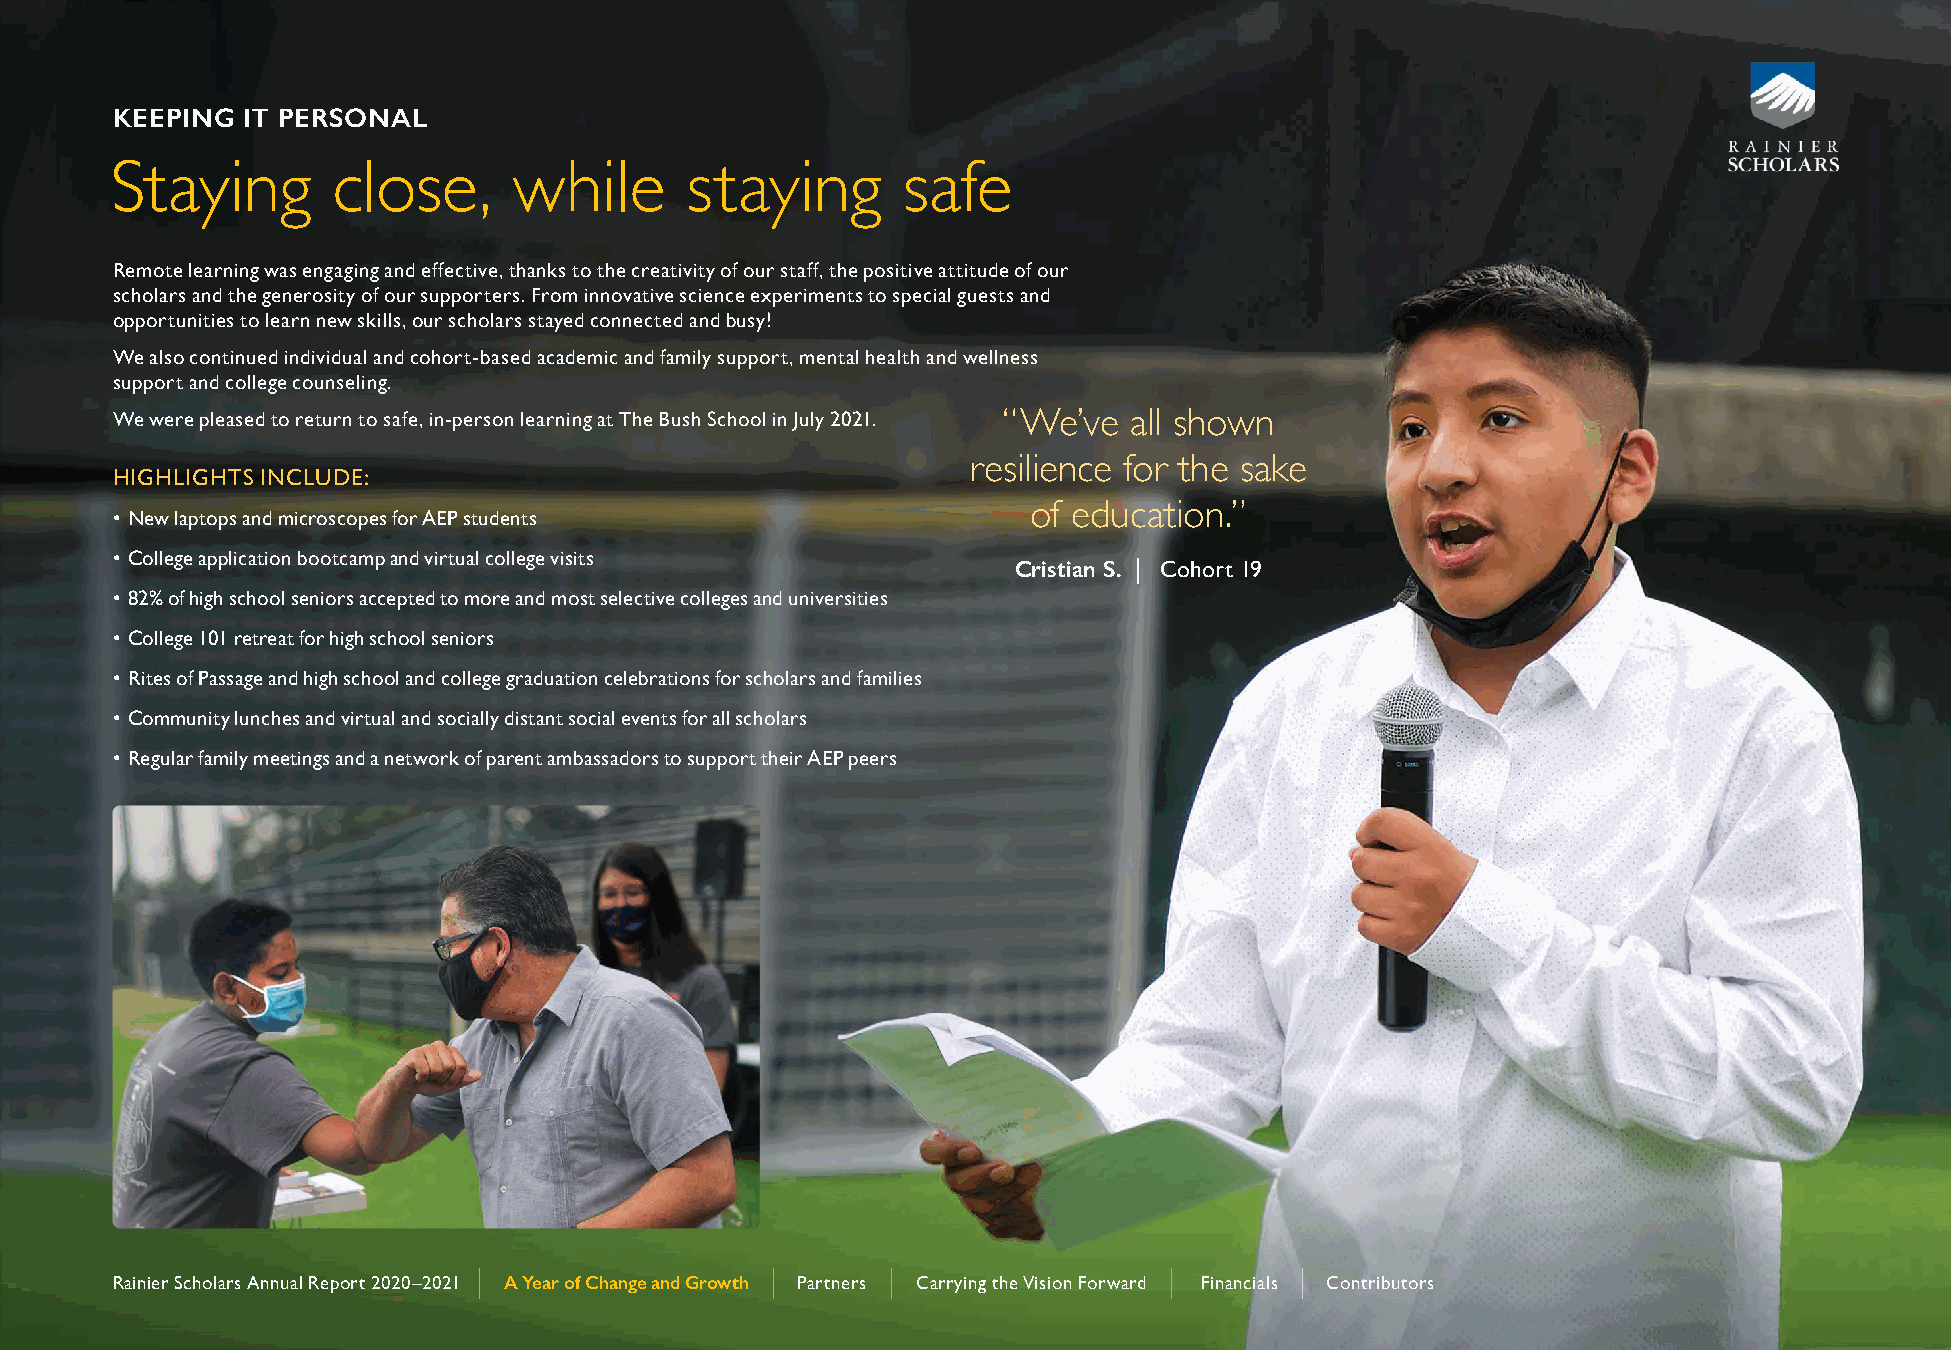
KEEPING  IT PERSONAL
 Staying        close,      while      staying        safe
 Remote learning was engaging and effective, thanks to the creativity of our staff, the positive attitude of our
 scholars and the generosity of our supporters. From innovative science experiments to special guests and
 opportunities to learn new skills, our scholars stayed connected and busy!
 We also continued individual and cohort-based academic and family support, mental health and wellness
 support and college counseling.
 We were pleased to return to safe, in-person learning at The Bush School in July 2021. “We’ve all shown
 resilience for the sake
 HIGHLIGHTS INCLUDE:
 of education.”
 • New laptops and microscopes for AEP students
 • College application bootcamp and virtual college visits   Cristian S. | Cohort 19
 • 82% of high school seniors accepted to more and most selective colleges and universities
 • College 101 retreat for high school seniors
 • Rites of Passage and high school and college graduation celebrations for scholars and families
 • Community lunches and virtual and socially distant social events for all scholars
 • Regular family meetings and a network of parent ambassadors to support their AEP peers
 ||                 ||      ||                ||       ||
 RRaaiinniieerr SScchhoollaarrss AAnnnnuuaall RReeppoorrtt 22002200––22002211 AA YYeeaarr ooff CChhaannggee aanndd GGrroowwtthh PPaarrttnneerrss CCaarrrryyiinngg tthhee VViissiioonn FFoorrwwaarrdd FFiinnaanncciiaallss CCoonnttrriibbuuttoorrss